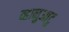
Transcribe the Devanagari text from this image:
व्हानुआटु